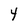
Character: 4